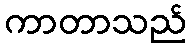
ကာတာသည်